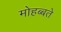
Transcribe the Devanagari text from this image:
मोहब्बते